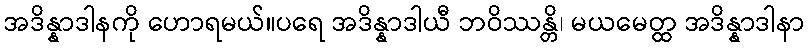
အဒိန္နာဒါနကို ဟောရမယ်။ပရေ အဒိန္နာဒါယီ ဘဝိဿန္တိ၊ မယမေတ္ထ အဒိန္နာဒါနာ